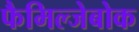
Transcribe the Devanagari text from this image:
फैमिल्जेबोक